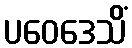
ပဝေဒေသိံ